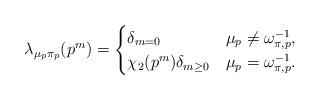
LaTeX: \begin{align*}\lambda_{\mu_p\pi_p}(p^m) =\begin{cases}\delta_{m=0} & \mu_p \neq \omega_{\pi,p}^{-1}, \\\chi_2(p^m)\delta_{m\geq 0} & \mu_p = \omega_{\pi,p}^{-1}.\end{cases} \end{align*}